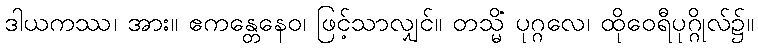
ဒါယကဿ၊ အား။ ဧကန္တေနေဝ၊ ဖြင့်သာလျှင်။ တသ္မိံ ပုဂ္ဂလေ၊ ထိုဝေရီပုဂ္ဂိုလ်၌။